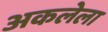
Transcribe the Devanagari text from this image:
अकलेला